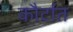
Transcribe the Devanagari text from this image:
कौर्टात